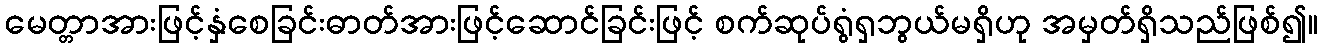
မေတ္တာအားဖြင့်နှံစေခြင်းဓာတ်အားဖြင့်ဆောင်ခြင်းဖြင့် စက်ဆုပ်ရွံရှဘွယ်မရှိဟု အမှတ်ရှိသည်ဖြစ်၍။